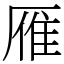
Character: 雁